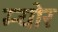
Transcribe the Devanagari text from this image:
म्‍योर